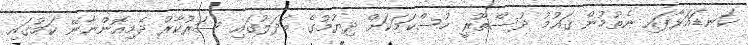
ކަނޑައަޅާފައި ނެތުމުން ޤައުމު ދުސްތޫރީ ހުސްކަމަކަށް ދިޔުމުގެ ބަދަލުގައި ސަރުކާރު ދެމިއޮންނާނޭ ކަމުގައި